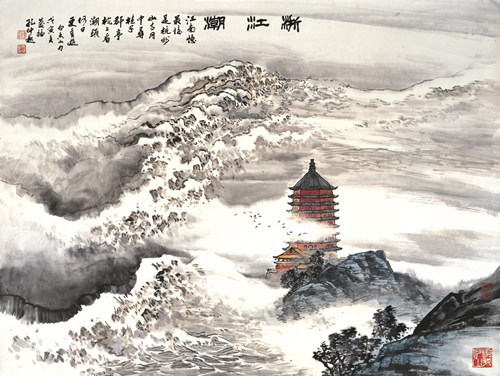
山寺月中寻桂子，郡亭枕上看潮头。